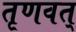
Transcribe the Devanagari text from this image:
तृणवत्